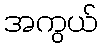
အကွယ်